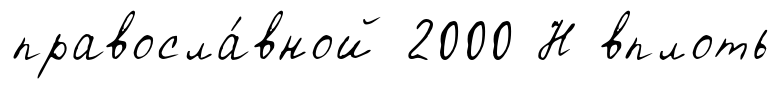
правосла́вной 2000 Н вплоть